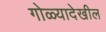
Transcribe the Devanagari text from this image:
गोळ्यादेखील